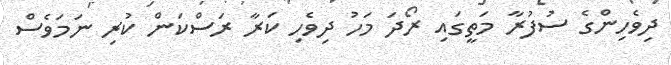
ދިވެހިންގެ ސުފުރާ މަތީގައި ރޯދަ މަހު ދިވެހި ކަރާ ރަސްކަން ކުރި ނަމަވެސް